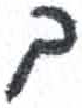
אות: ך